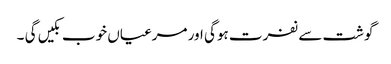
گوشت سے نفرت ہوگی اور مرغیاں خوب بکیں گی ۔